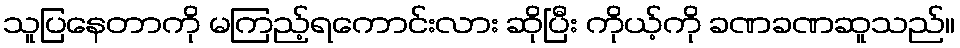
သူပြနေတာကို မကြည့်ရကောင်းလား ဆိုပြီး ကိုယ့်ကို ခဏခဏဆူသည်။